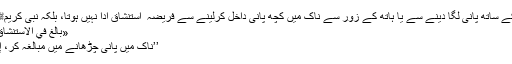
تو یعنی محض ناک کے ساتھ پانی لگا دینے سے یا ہاتھ کے زور سے ناک میں کچھ پانی داخل کرلینے سے فریضہ ٔ استنشاق ادا نہیں ہوتا، بلکہ نبی کریمﷺ نے تو حکم دیا ہے:
«بَالِغْ فِي الِاسْتِنْشَاقِ إِلَّا أَنْ تَكُونَ صَائِمًا»
’’ناک میں پانی چڑھانے میں مبالغہ کر، إلاّ کہ تو روزہ دار ہو۔